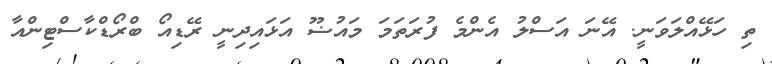
ތި ހަޅޭއްލަވަނީ. އޭނަ އަސްލު އެންމެ ފުރަތަމަ މައުޟޫ އަޅައިދިނީ ރޭޑިއޯ ބްރޯޑްކާސްޓިންއާ